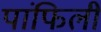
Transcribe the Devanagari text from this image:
पांफिली